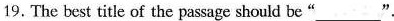
19. The best title of the passage should be"___".